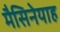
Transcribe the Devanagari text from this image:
मैसिनेयाह